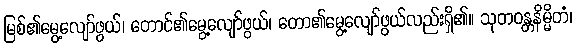
မြစ်၏မွေ့လျော်ဖွယ်၊ တောင်၏မွေ့လျော်ဖွယ်၊ တော၏မွေ့လျော်ဖွယ်လည်းရှိ၏။ သုတဝန္တနိမ္မိတံ၊